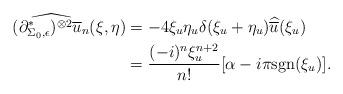
LaTeX: \begin{align*} \widehat{(\partial_{\Sigma_0, \epsilon}^{*})^{\otimes 2} \overline{u}_n}(\xi, \eta) &= -4 \xi_u \eta_u \delta(\xi_u + \eta_u)\widehat{\overline{u}}(\xi_u) \\ &= \frac{(-i)^{n} \xi_u^{n + 2}}{n!}[\alpha - i \pi \mathrm{sgn}(\xi_u)].\end{align*}